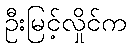
ဦးမြင့်လှိုင်က